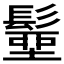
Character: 𩮢